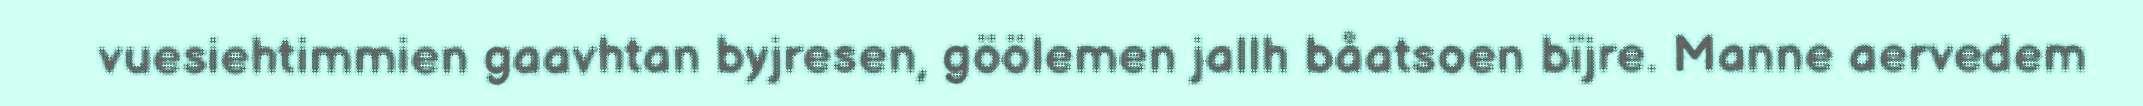
vuesiehtimmien gaavhtan byjresen, göölemen jallh båatsoen bïjre. Manne aervedem